Problem: 8 × 12 = ?
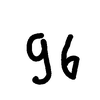
Handwritten answer: 96